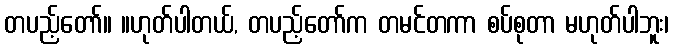
တပည့်တော်။ ။ဟုတ်ပါတယ်, တပည့်တော်က တမင်တကာ စပ်စုတာ မဟုတ်ပါဘူး၊